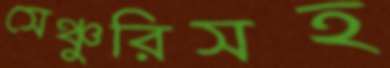
সেঞ্চুরিসহ